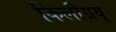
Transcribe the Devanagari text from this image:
किलीग्रयू